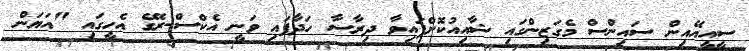
ސީއީއޭއިން ސައިންސް މެގަޒިންގައި ޝާއިއުކޮށްފައިވާ ދިރާސާ ހަދާފައި ވަނީ އެކްސް-ރޭގެ އެހީގައި "އަޔަން